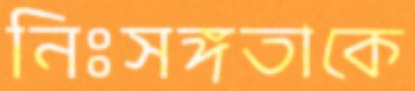
নিঃসঙ্গতাকে